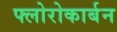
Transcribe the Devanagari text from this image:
फ्लोरोकार्बन